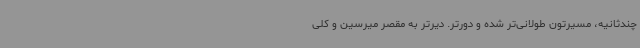
چندثانیه، مسیرتون طولانی‌تر شده و دورتر. دیرتر به مقصر میرسین و کلی